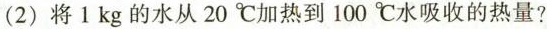
(2)将1kg的水从20^{\circ}C加热到100^{\circ}C水吸收的热量?